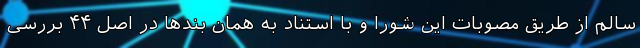
سالم از طریق مصوبات این شورا و با استناد به همان بندها در اصل ۴۴ بررسی